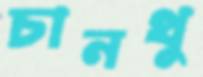
চানথু